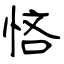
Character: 悋